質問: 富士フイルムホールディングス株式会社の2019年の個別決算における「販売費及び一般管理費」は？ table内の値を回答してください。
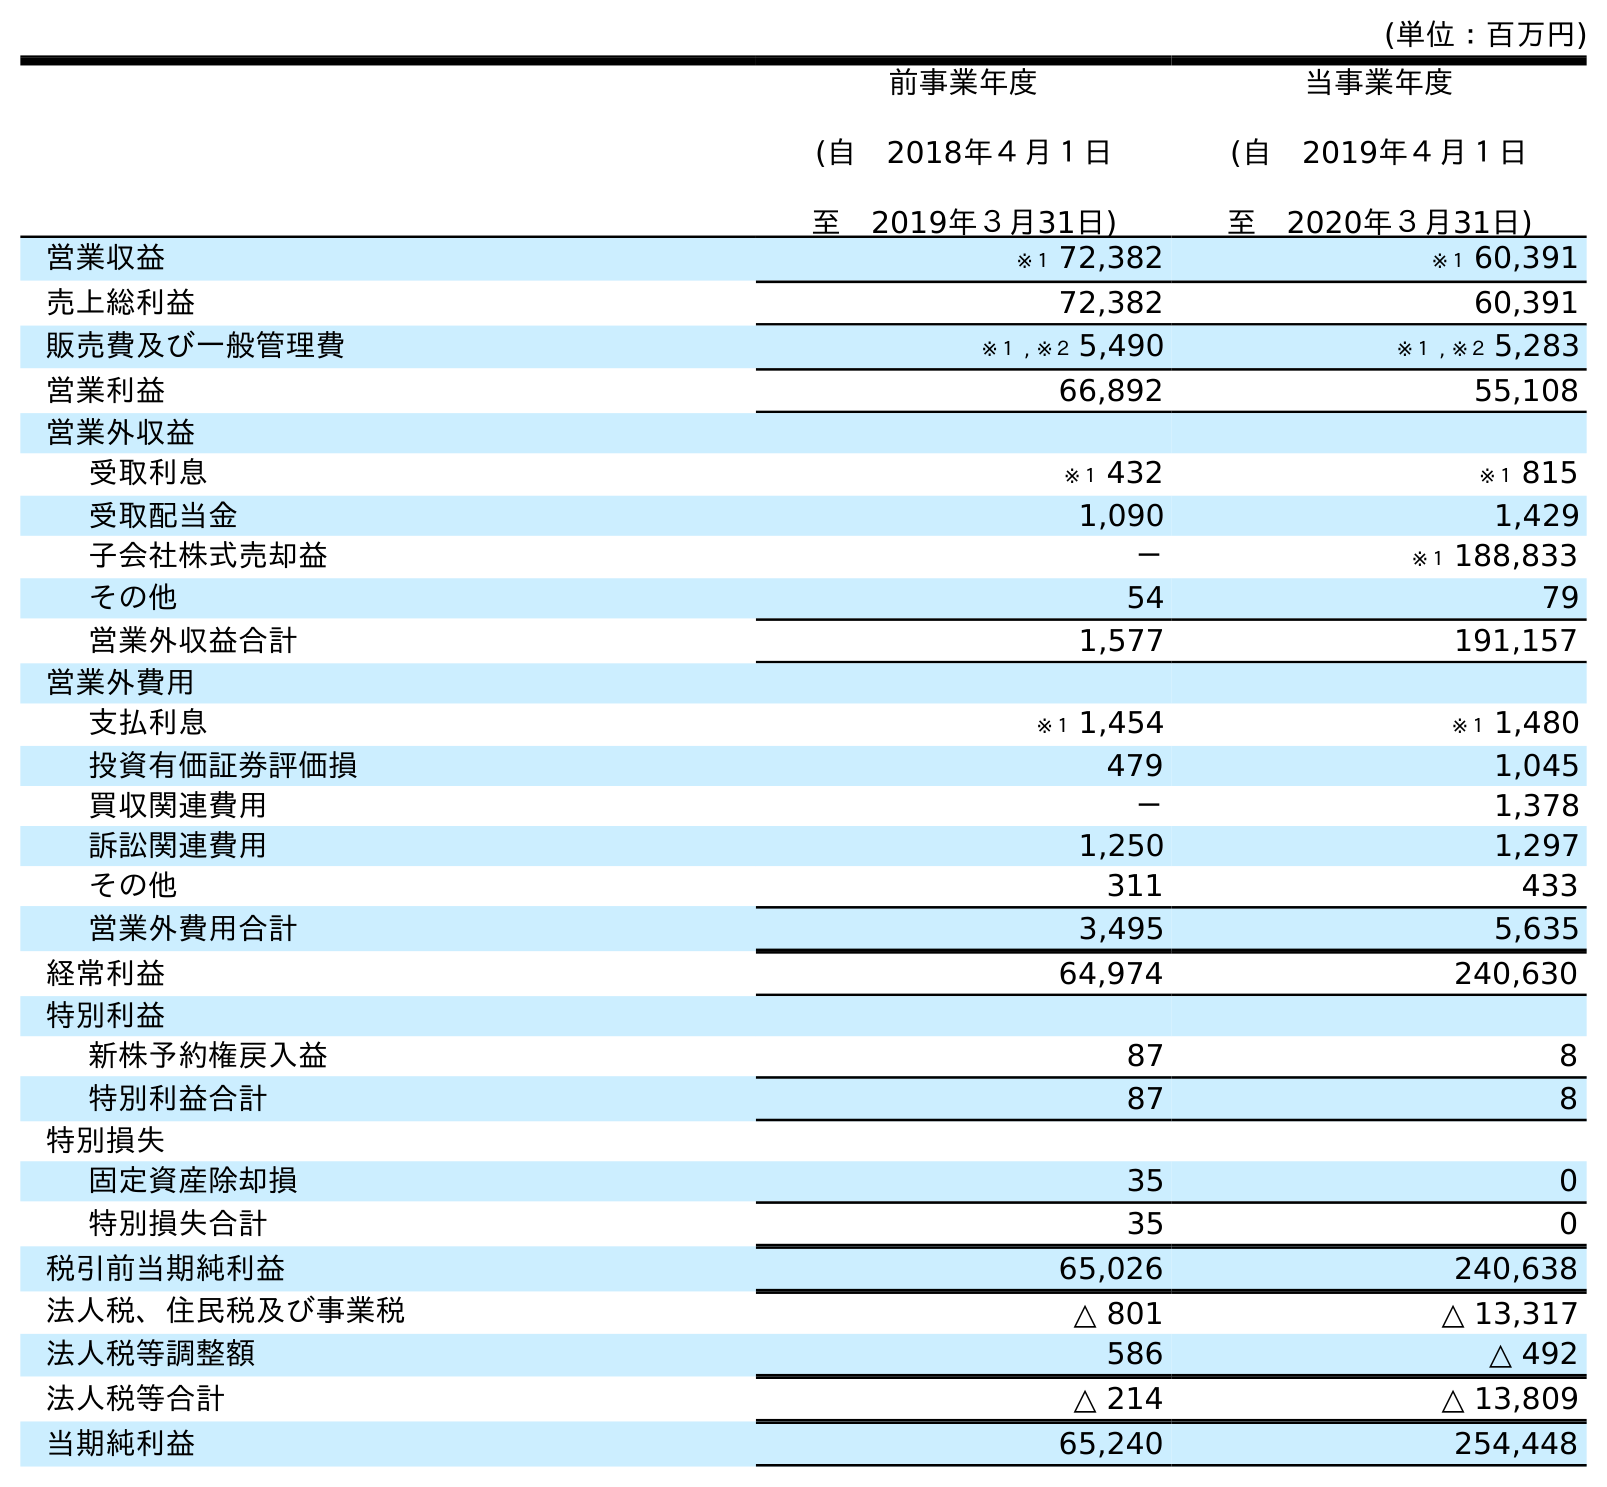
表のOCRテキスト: (単位：百万円) 前事業年度 (自 2018年４月１日 至 2019年３月31日) 当事業年度 (自 2019年４月１日 至 2020年３月31日) 営業収益 ※１ 72,382 ※１ 60,391 売上総利益 72,382 60,391 販売費及び一般管理費 ※１ , ※２ 5,490 ※１ , ※２ 5,283 営業利益 66,892 55,108 営業外収益 受取利息 ※１ 432 ※１ 815 受取配当金 1,090 1,429 子会社株式売却益 － ※１ 188,833 その他 54 79 営業外収益合計 1,577 191,157 営業外費用 支払利息 ※１ 1,454 ※１ 1,480 投資有価証券評価損 479 1,045 買収関連費用 － 1,378 訴訟関連費用 1,250 1,297 その他 311 433 営業外費用合計 3,495 5,635 経常利益 64,974 240,630 特別利益 新株予約権戻入益 87 8 特別利益合計 87 8 特別損失 固定資産除却損 35 0 特別損失合計 35 0 税引前当期純利益 65,026 240,638 法人税、住民税及び事業税 △ 801 △ 13,317 法人税等調整額 586 △ 492 法人税等合計 △ 214 △ 13,809 当期純利益 65,240 254,448
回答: ※１,※２5,490